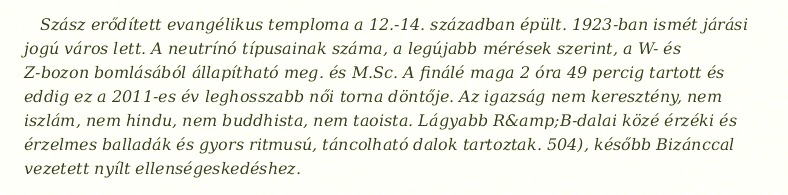
Szász erődített evangélikus temploma a 12.-14. században épült. 1923-ban ismét járási jogú város lett. A neutrínó típusainak száma, a legújabb mérések szerint, a W- és Z-bozon bomlásából állapítható meg. és M.Sc. A finálé maga 2 óra 49 percig tartott és eddig ez a 2011-es év leghosszabb női torna döntője. Az igazság nem keresztény, nem iszlám, nem hindu, nem buddhista, nem taoista. Lágyabb R&amp;B-dalai közé érzéki és érzelmes balladák és gyors ritmusú, táncolható dalok tartoztak. 504), később Bizánccal vezetett nyílt ellenségeskedéshez.